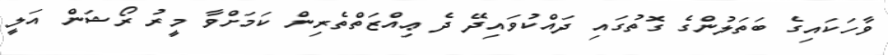
ވާހަކައިގެ ބަތަލުންގެ ގޮތުގައި ދައްކުވައިދޭ ދެ ޢިއްޒަތްތެރިން ކަމަށްވާ މީރު ރޯޝަން އަލީ